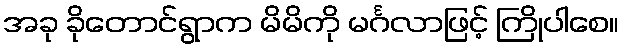
အခု ခိုတောင်ရွာက မိမိကို မင်္ဂလာဖြင့် ကြိုပါစေ။